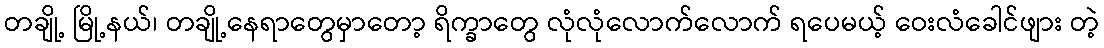
တချို့ မြို့နယ်၊ တချို့နေရာတွေမှာတော့ ရိက္ခာတွေ လုံလုံလောက်လောက် ရပေမယ့် ဝေးလံခေါင်ဖျား တဲ့